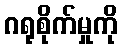
ဂရုစိုက်မှုကို